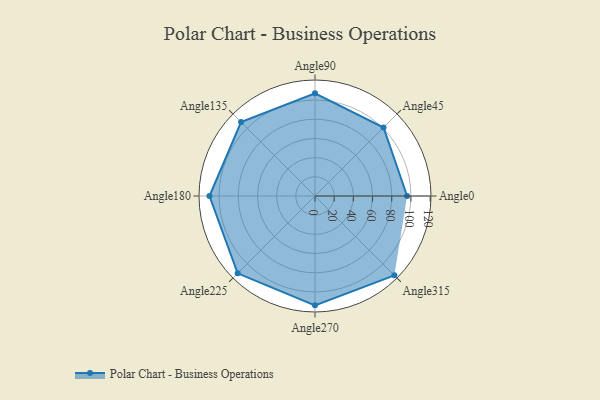
{"axis": {"x": "Angle", "y": "Radius"}, "legend": [""], "data": [{"x": "Angle0", "y": 96.0, "type": ""}, {"x": "Angle45", "y": 101.0, "type": ""}, {"x": "Angle90", "y": 107.0, "type": ""}, {"x": "Angle135", "y": 109.0, "type": ""}, {"x": "Angle180", "y": 110.0, "type": ""}, {"x": "Angle225", "y": 114.0, "type": ""}, {"x": "Angle270", "y": 114.0, "type": ""}, {"x": "Angle315", "y": 117.0, "type": ""}]}